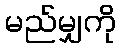
မည်မျှကို